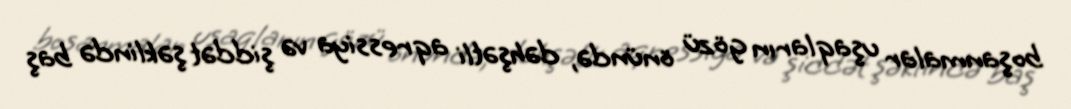
boşanmalar uşaqların gözü önündə, dəhşətli aqressiya və şiddət şəklində baş